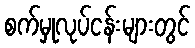
စက်မှုလုပ်ငန်းများတွင်